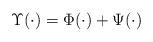
LaTeX: \begin{align*}\Upsilon(\cdot) = \Phi(\cdot) + \Psi(\cdot)\end{align*}